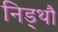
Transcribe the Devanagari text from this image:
निड्थौ